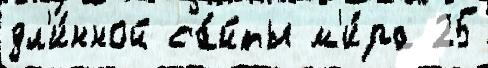
дл'и́нной са́йты м'и́ра 25